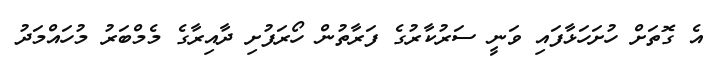
އެ ގޮތަށް ހުށަހަޅާފައި ވަނީ ސަރުކާރުގެ ފަރާތުން ހޯރަފުށި ދާއިރާގެ މެމްބަރު މުހައްމަދު